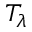
T _ { \lambda }